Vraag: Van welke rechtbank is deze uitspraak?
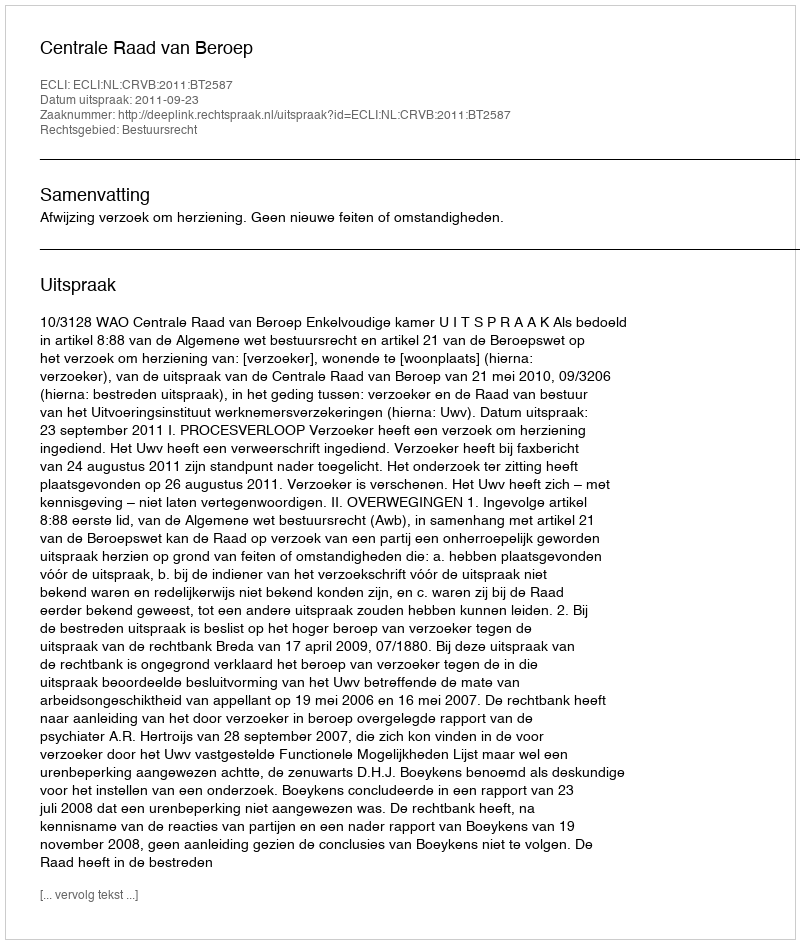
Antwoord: Centrale Raad van Beroep